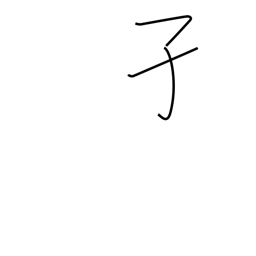
Meaning: mosquito wriggler